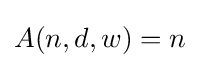
A(n,d,w)=n